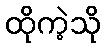
ထိုကဲ့သို